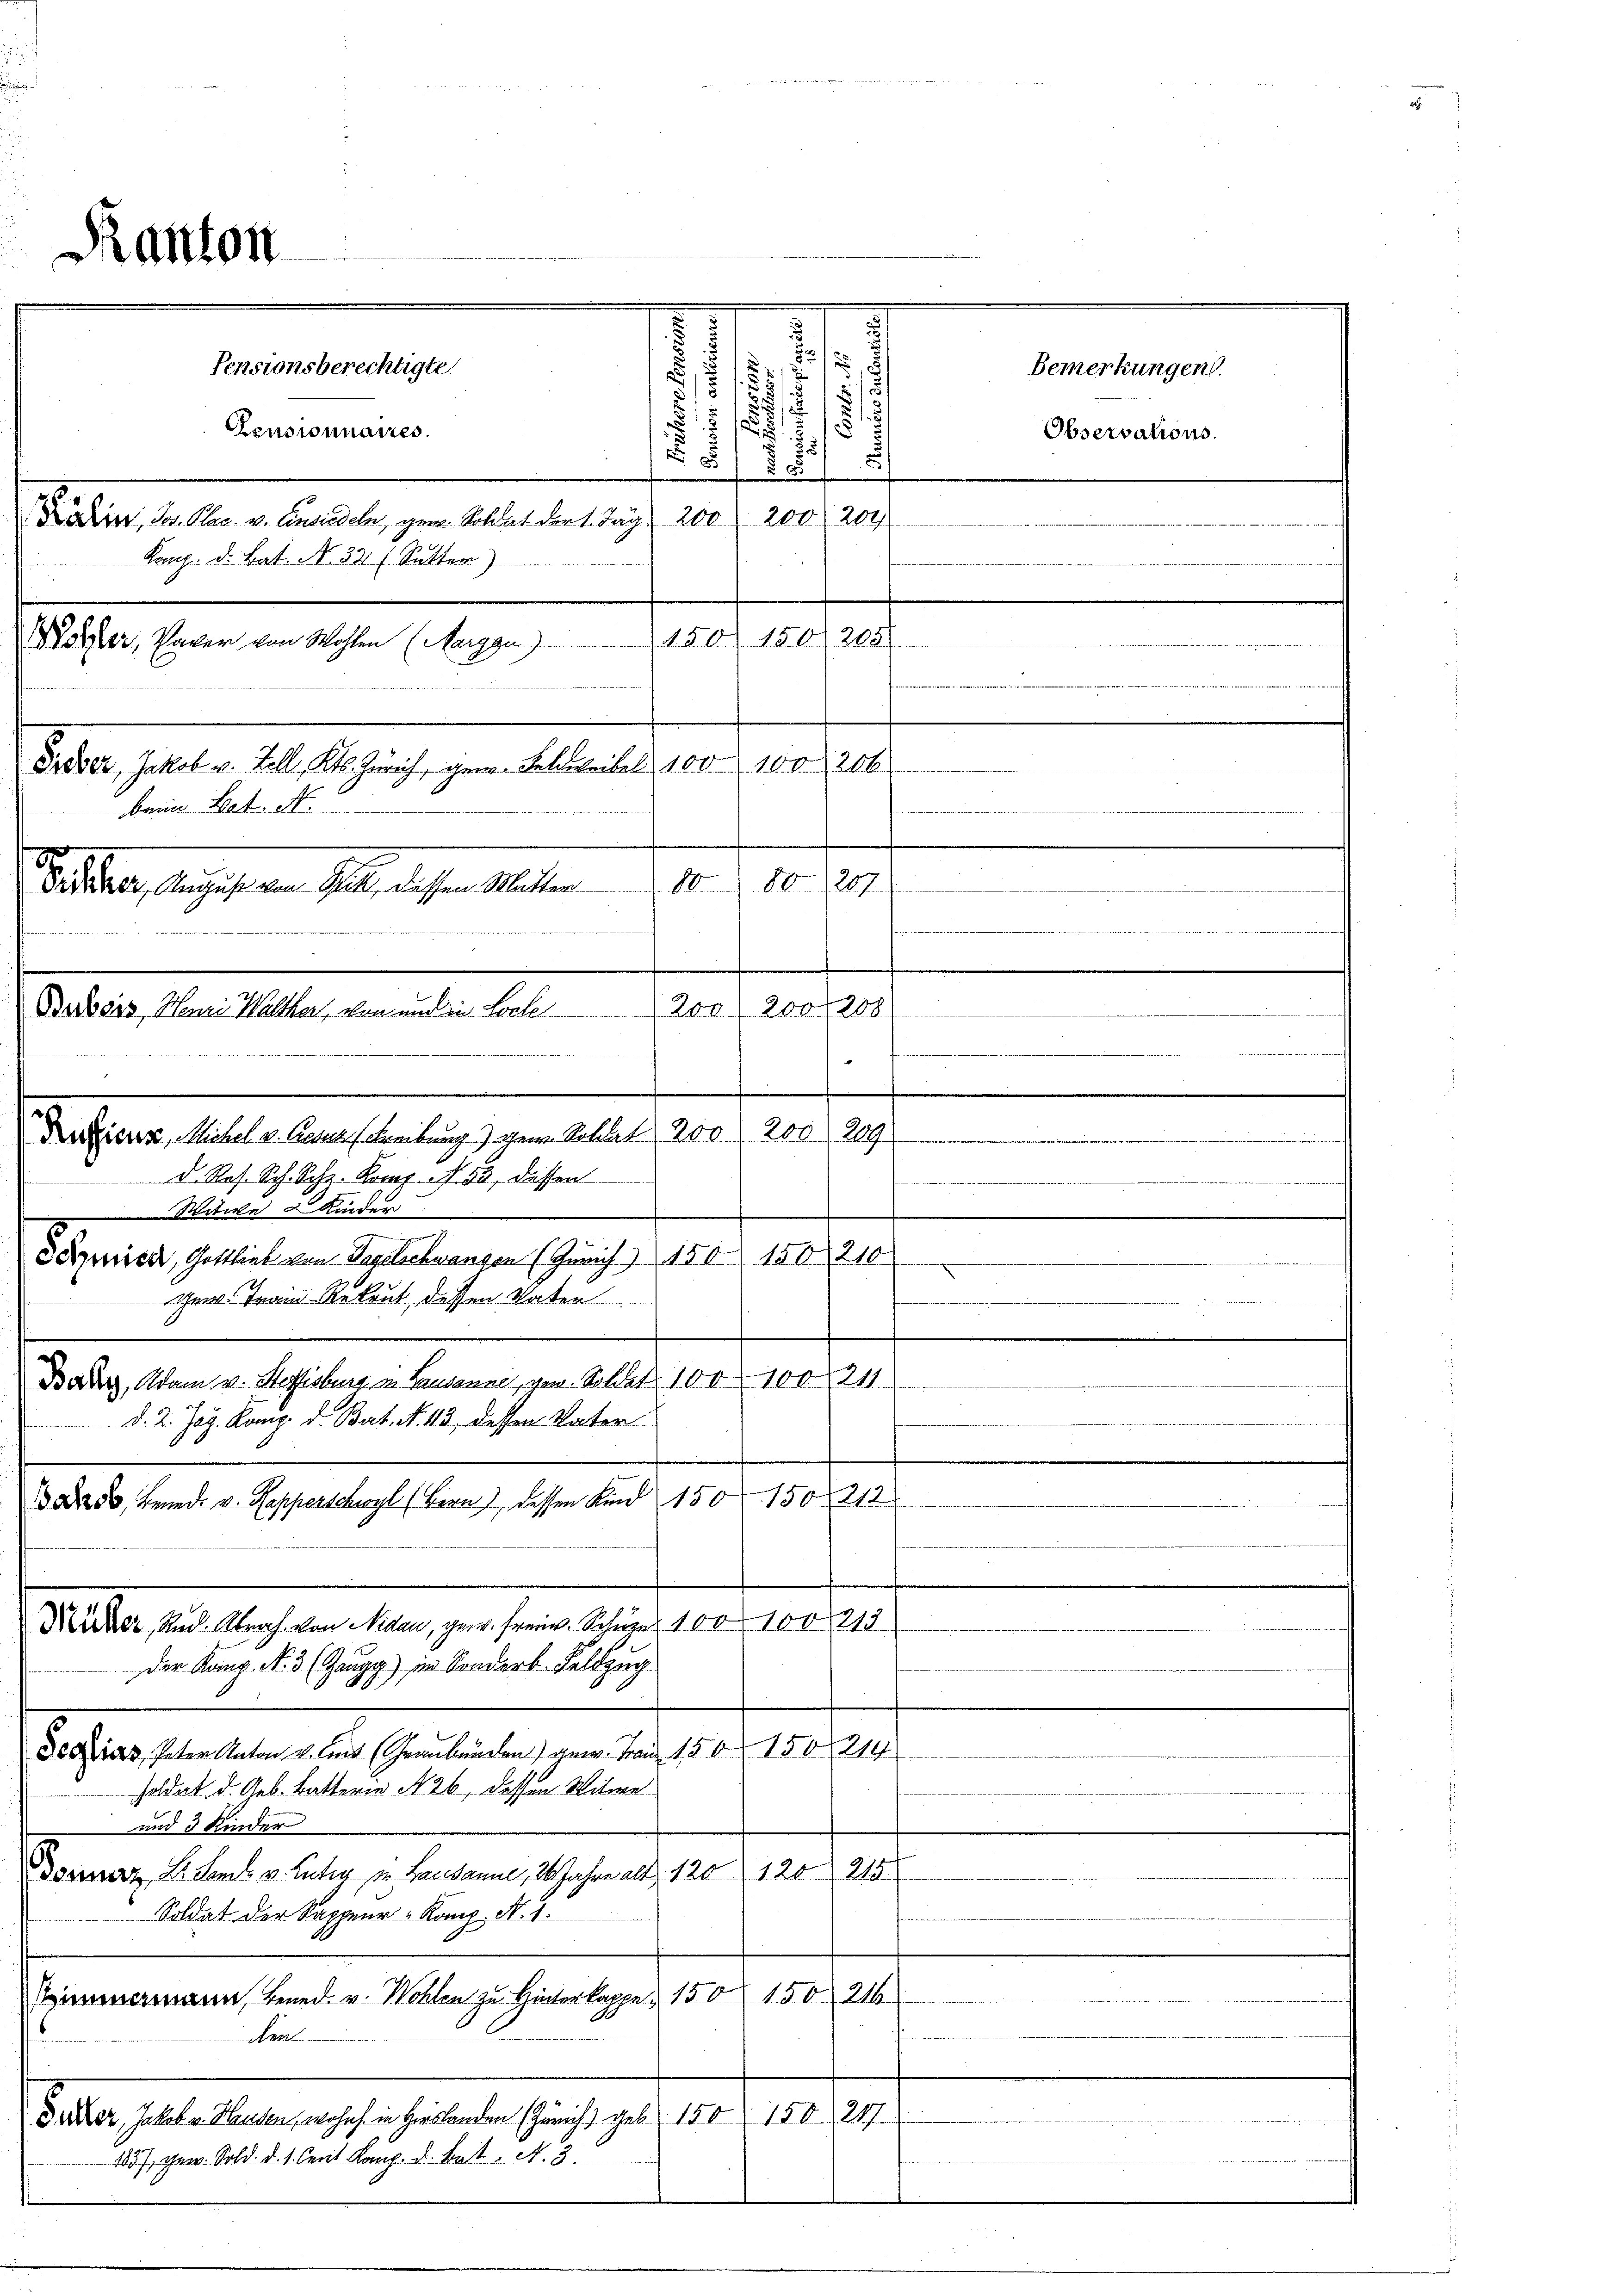
.
u
Pensionsberechtigte.
1
31
.
.
s
/
Pensionnaires.
25/
5
2
200. 204
ain, Jos. Plac. v. Einsiedeln, gear-Soldat der 1. Tag 200
Paug. d. Bat. N. 32 (Sutter)
150. 150 (205
ötter, Vater von Wohlen (Augge)
Priser, Jakob v. Zell, Kts. Zürich, gene Schweibel, 100 100, 206
Bann hat. N.
18
18 der Magisten Gelt, diesen Mater
u
Bubois, Henri Walter, von und ein Loche 200) 200 (208
1
 id e
Sitale Kinder
Ieica, Gottlieb von Tagelschwangen (Zürich) 150 150 210
Gew. Frain-Rekrut, dessen Vater
Darg, Adam v. Steffisburg in Lausanne, von Sollet 100 100 211.
d. 2. Jos. Komp. d. Bat No. 43 dessen Vater.
.
1 Fr. 50, Benade v. Kapperschwyl (Bern) dassen Kind 150 150, 212
Märder, Rud. Abrah von iden, ganz frei. Schue 100. 100, 213
Der Kanz. N. 3 (Zaugg) im Sondert Feldzug
derials, Peter Anton v. und Graubünden) gew. Frau 150. 150. 214
soldat d. Geb. Batterm 126, dessen Witwe
und 3 Kinder
Dornaz, Dr. Senk v. Lutz in Lausanne, 20 Jahre alt 120 120 215
Soldat der Sappeur Komp. N. 1.
Zimmermann, Bened. v. Wohlen zu Hinterkappe 150 150. 216.
Arne
Seder Geselben nachsenheitete sicht geb. 1810. 108. 247.
1857, gew. Sold. d. 1. Cerit Komp. d. hat. A. 3.

Ranton

Datiers, Michel u. Anna Freibung) gew. Soldat 200 200, 209
D. Res. Sch. Sch. Komp. N. 53, dessen

Bemerkungen.

Observations.

27.
10

rde in und 4